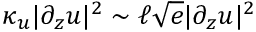
\kappa _ { u } | \partial _ { z } \boldsymbol u | ^ { 2 } \sim \ell \sqrt { e } | \partial _ { z } \boldsymbol u | ^ { 2 }